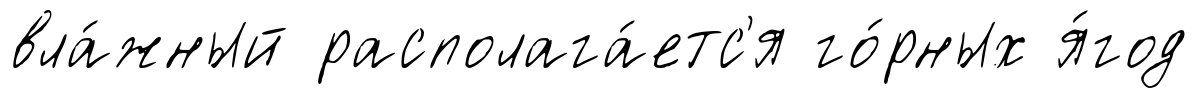
вла́жный располага́етс'я го́рных я́год